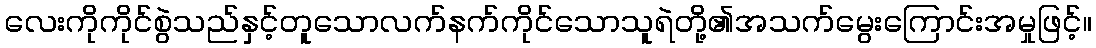
လေးကိုကိုင်စွဲသည်နှင့်တူသောလက်နက်ကိုင်သောသူရဲတို့၏အသက်မွေးကြောင်းအမှုဖြင့်။